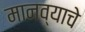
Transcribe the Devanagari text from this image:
मानव्याचे